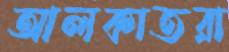
আলকাতরা